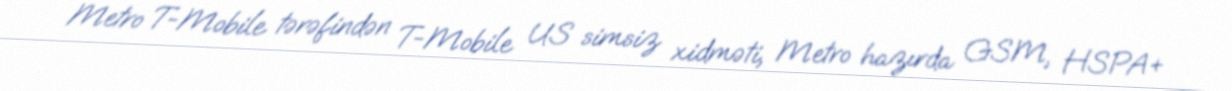
Metro T-Mobile tərəfindən T-Mobile US simsiz xidməti, Metro hazırda GSM, HSPA+